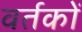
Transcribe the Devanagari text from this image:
वर्तकों